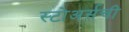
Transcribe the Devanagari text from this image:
स्टोअर्सची